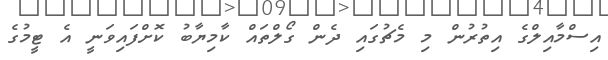
އިސްމާއިލްގެ އިތުރުން މި މެޗުގައި ދެން ގޯލްތައް ކާމިޔާބު ކޮށްފައިވަނީ އެ ޓީމުގެ